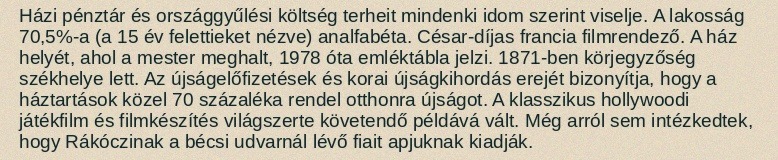
Házi pénztár és országgyűlési költség terheit mindenki idom szerint viselje. A lakosság 70,5%-a (a 15 év felettieket nézve) analfabéta. César-díjas francia filmrendező. A ház helyét, ahol a mester meghalt, 1978 óta emléktábla jelzi. 1871-ben körjegyzőség székhelye lett. Az újságelőfizetések és korai újságkihordás erejét bizonyítja, hogy a háztartások közel 70 százaléka rendel otthonra újságot. A klasszikus hollywoodi játékfilm és filmkészítés világszerte követendő példává vált. Még arról sem intézkedtek, hogy Rákóczinak a bécsi udvarnál lévő fiait apjuknak kiadják.